Leningradi_Edasi_toimetus, lk 183
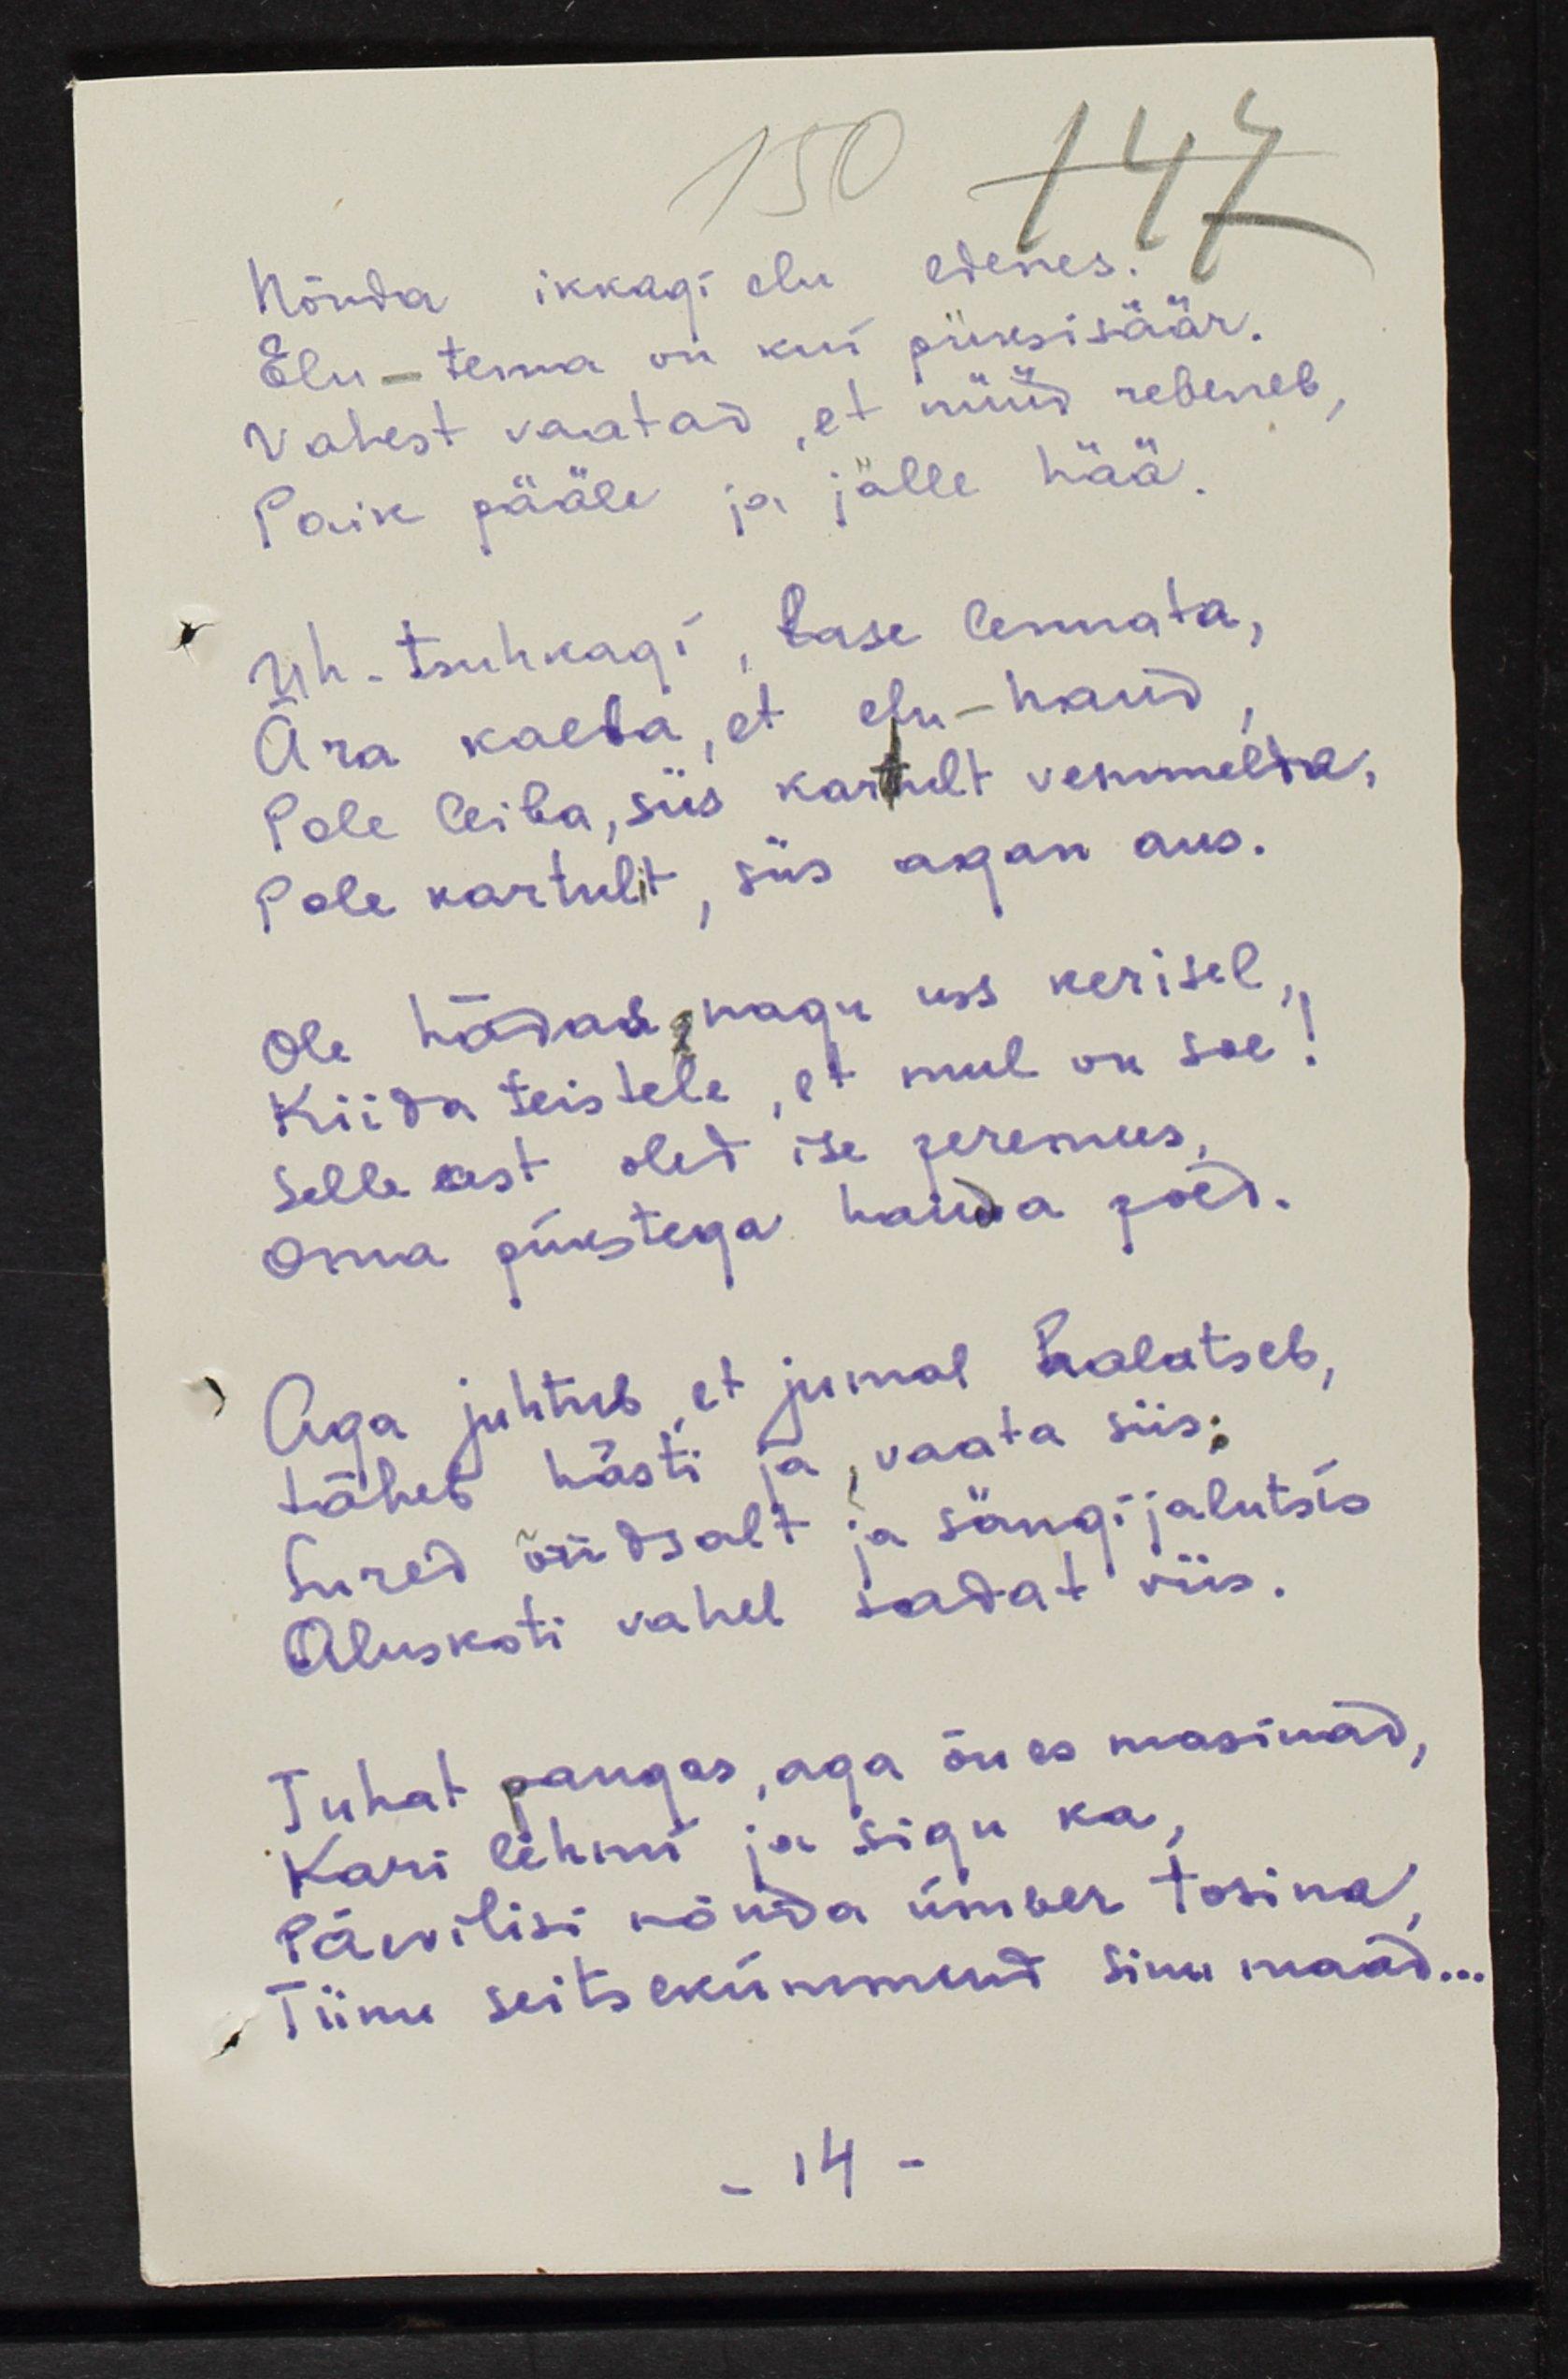
Nõnda ikkagi elu edenes
Elu - tema vii kui püksisäär.
Vahest vaatad, et nüüd rebeneb,
Paik pääle ja jälle hää.
Uh. tsuhkagi, lase lennata,
Ära kaeba, et elu-haud,
Pole leiba, siis kartult vemmelda
Pole kartulit, siis agan aus.
Ole hädas nagu uss kerisel,
Kiida teistele, et mul on soe!
Selle eest oled ise peremees,
Oma pükstega hauda poed.
Aga juhtub, et jumal halatseb,
läheb hästi ja vaata siis;
Sured õndsalt ja sängi jalutsis
Aluskoti vahel sadat viis.
Tuhat pangas, aga õues masinad
Kari lehmi ja sigu ka,
Päevilisi nõnda ümber tosina,
Tiinu seitsekümmend Sinu maad...